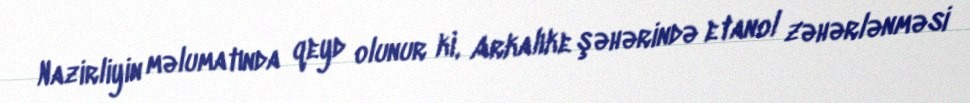
Nazirliyin məlumatında qeyd olunur ki, Arkalıke şəhərində etanol zəhərlənməsi